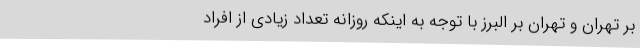
بر تهران و تهران بر البرز با توجه به اینکه روزانه تعداد زیادی از افراد